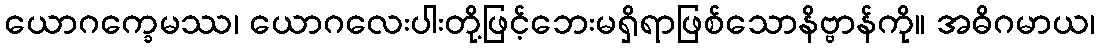
ယောဂက္ခေမဿ၊ ယောဂလေးပါးတို့ဖြင့်ဘေးမရှိရာဖြစ်သောနိဗ္ဗာန်ကို။ အဓိဂမာယ၊